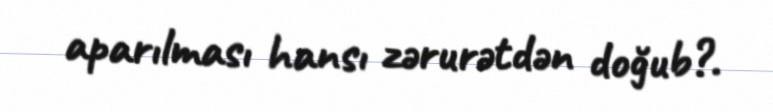
aparılması hansı zərurətdən doğub?.